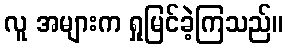
လူ အများက ရှုမြင်ခဲ့ကြသည်။